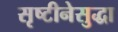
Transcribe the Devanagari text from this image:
सृष्टीनेसुद्धा